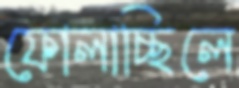
ফোলাচ্ছিলে